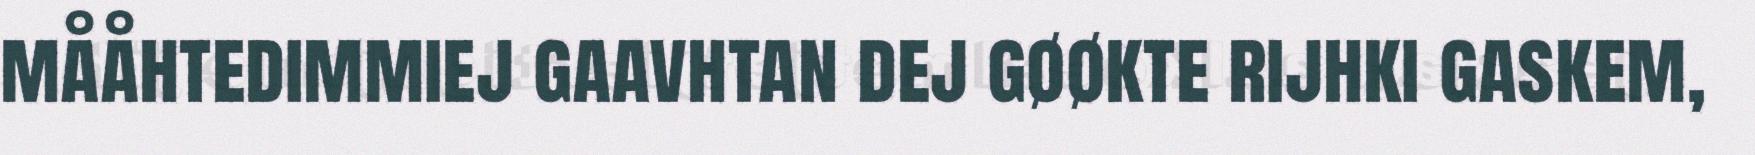
mååhtedimmiej gaavhtan dej gøøkte rijhki gaskem,